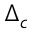
\Delta _ { c }